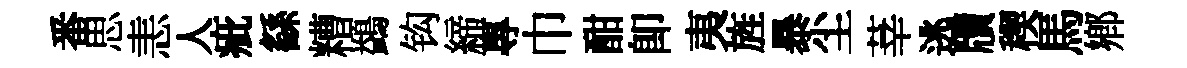
番思恚人疵繇糟鷁钩締專巾酣卽夷旌暴尘莘逃牘稧馬鄕